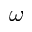
\omega